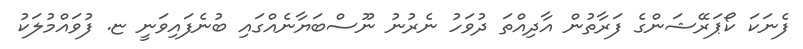
ފެނަކަ ކޯޕަރޭޝަންގެ ފަރާތުން އާދިއްތަ ދުވަހު ނެރުނު ނޫސްބަޔާނެއްގައި ބުނެފައިވަނީ ޏ. ފުވައްމުލަކު